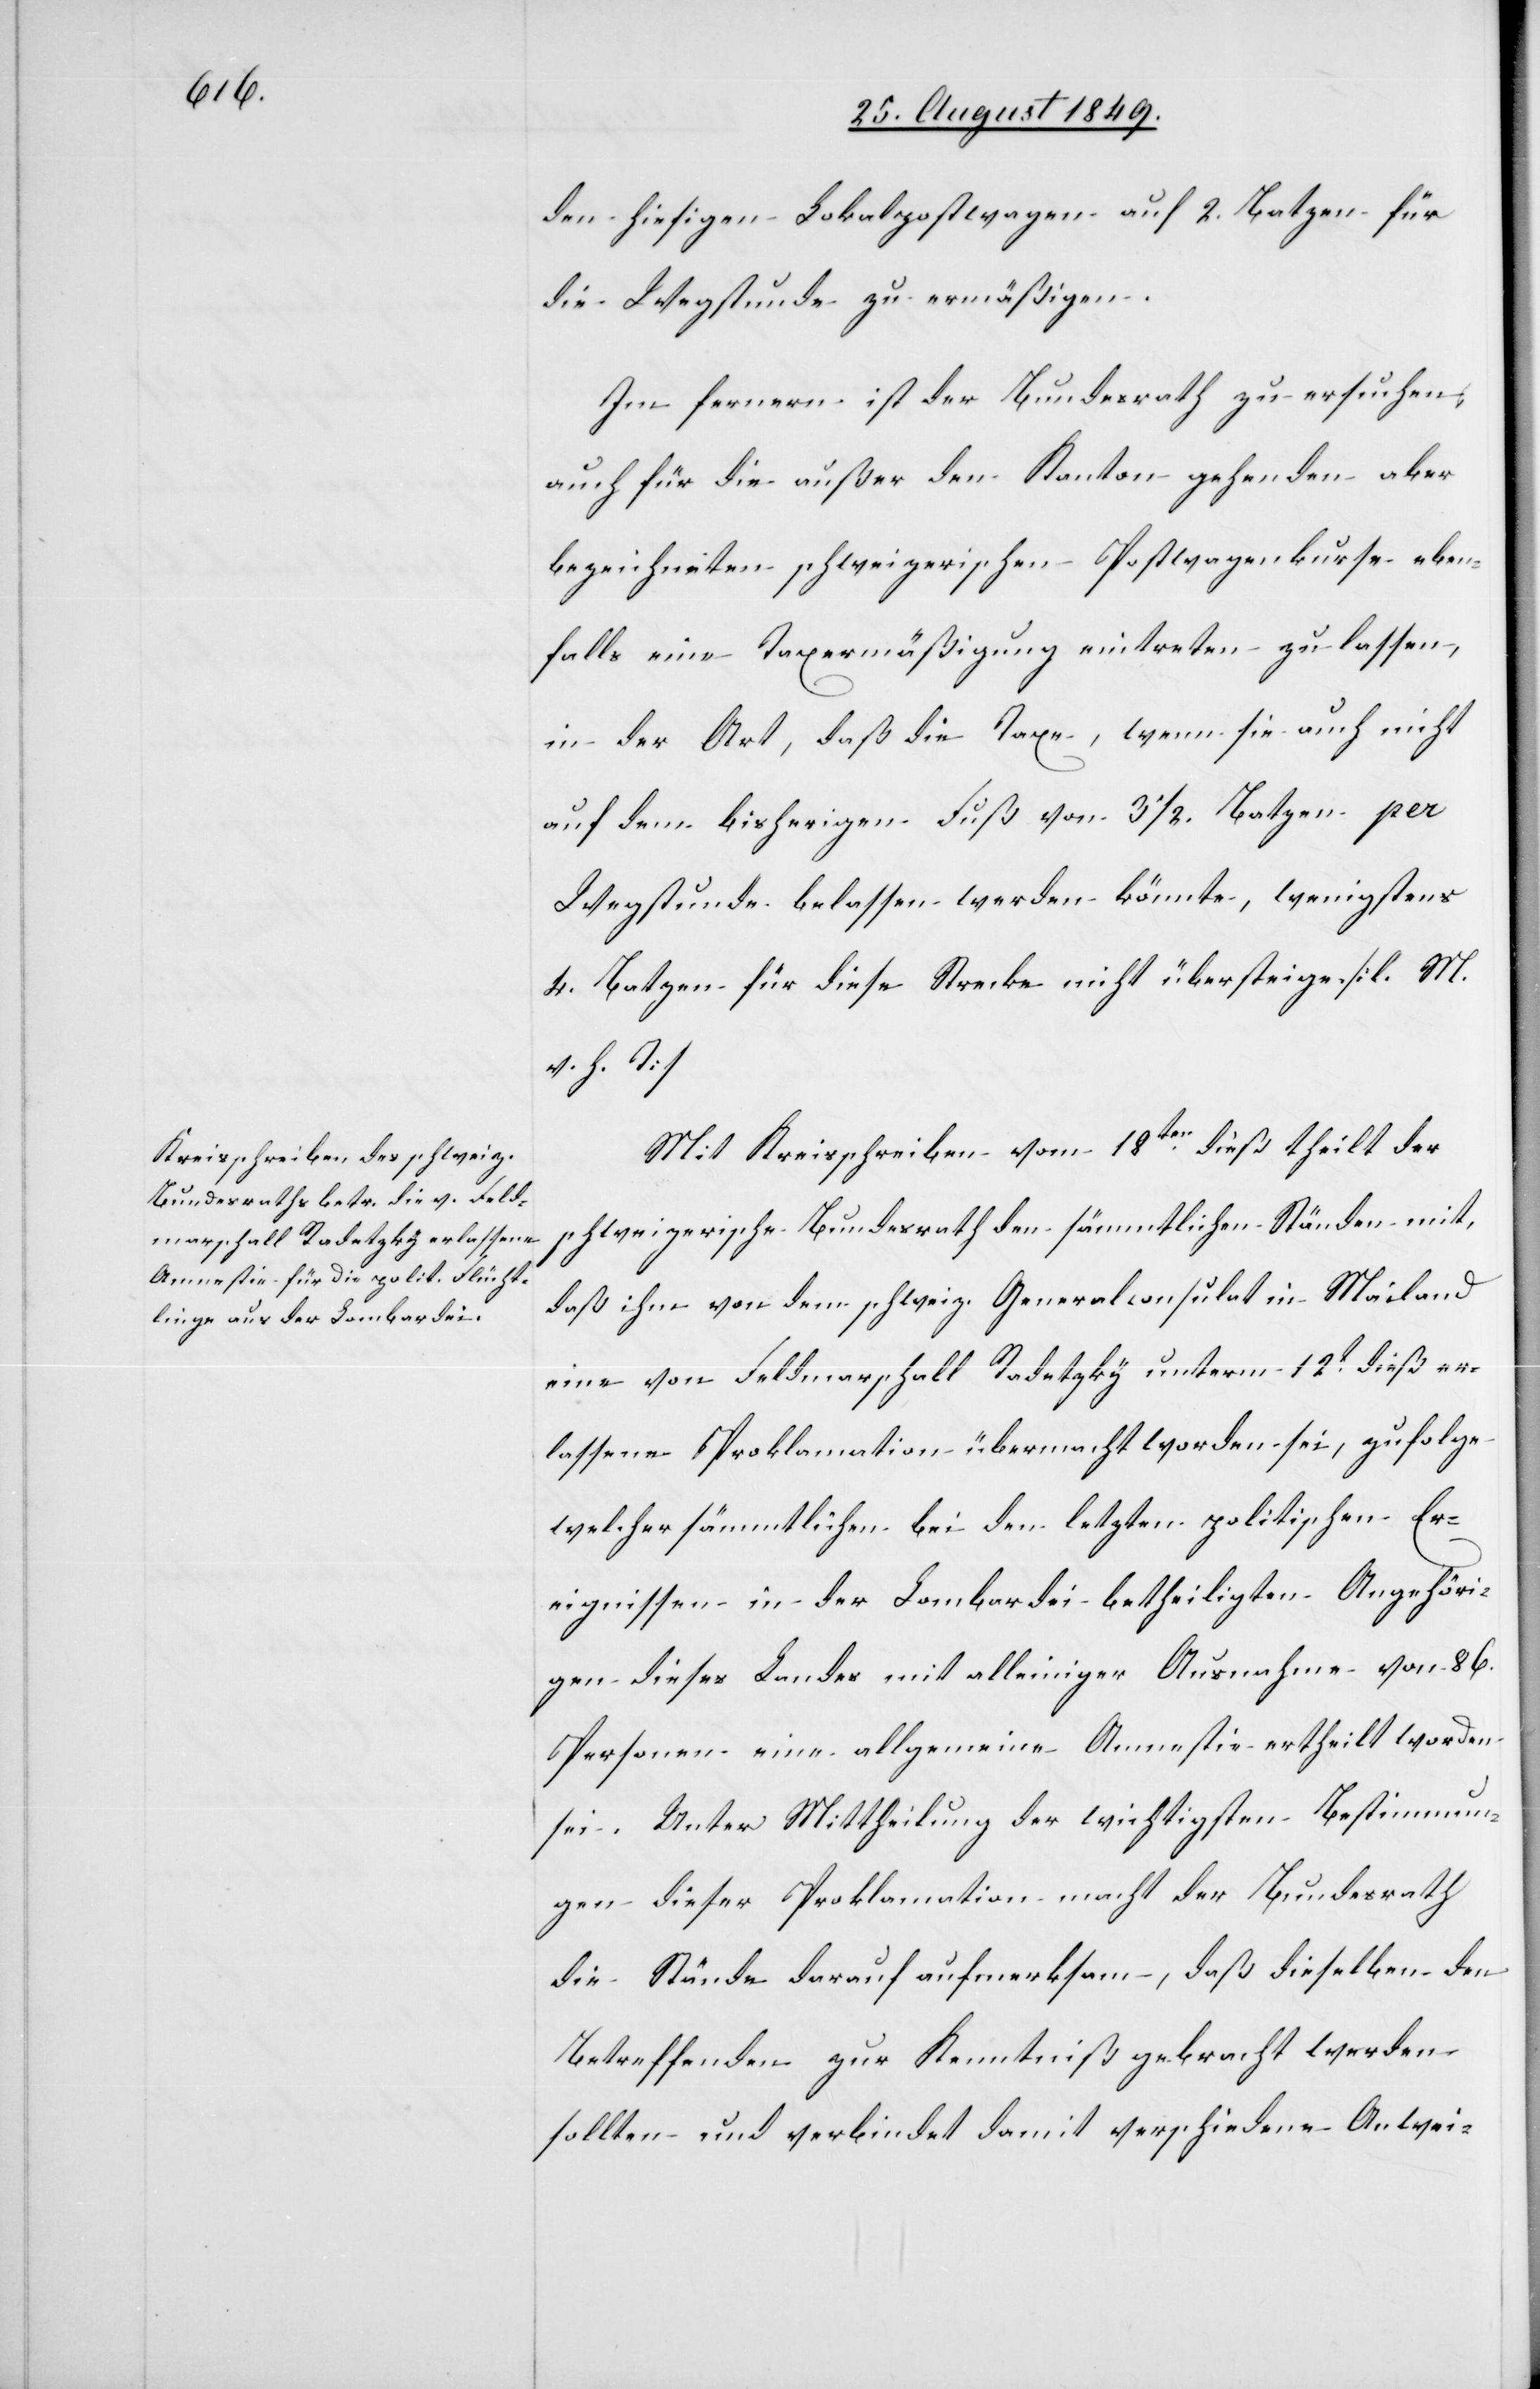
den hiesigen Lokalpostwagen auf 2. Batzen für
die Wegstunde zu ermäßigen.
Im fernern ist der Bundesrath zu ersuchen,
auch für die außer den Kanton gehenden aber
bezeichneten schweizerischen Postwagenkurse eben¬
falls eine Taxermäßigung eintreten zu lassen,
in der Art, daß die Taxe, wenn sie auch nicht
auf dem bisherigen Fuß von 3 1/2. Batzen per
Wegstunde belassen werden könnte, wenigstens
4. Batzen für diese Strecke nicht übersteigen. [l. M.
v. h. T]
Mit Kreisschreiben vom 18ten dieß theilt der
schweizerische Bundesrath den sämmtlichen Ständen mit,
daß ihm von dem schweiz. Generalconsulat in Mailand
eine von Feldmarschall Radetzky unterm 12t dieß er¬
lassene Proklamation übermacht worden sei, zufolge
welcher sämmtlichen bei den letzten politischen Er¬
eignissen in der Lombardei betheiligten Angehöri¬
gen dieses Landes mit alleiniger Ausnahme von 86.
Personen eine allgemeine Amnestie ertheilt worden
sei. Unter Mittheilung der wichtigsten Bestimmun¬
gen dieser Proklamation macht der Bundesrath
die Stände darauf aufmerksam, daß dieselben den
Betreffenden zur Kenntniß gebracht werden
sollten und verbindet damit verschiedene Anwei-